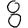
Digit: 8